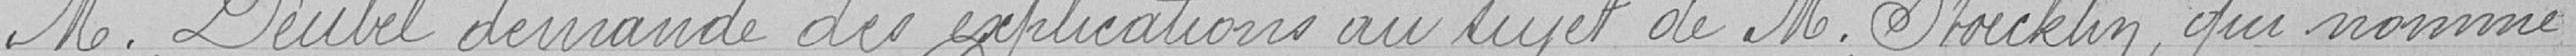
Monsieur Deubel demande des explications au sujet de Monsieur Stoecklin, qui nommé